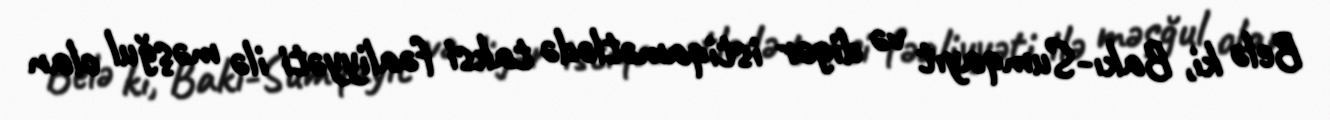
Belə ki, Bakı-Sumqayıt və digər istiqamətlədə taksi fəaliyyəti ilə məşğul olan